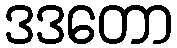
ဒဒတော